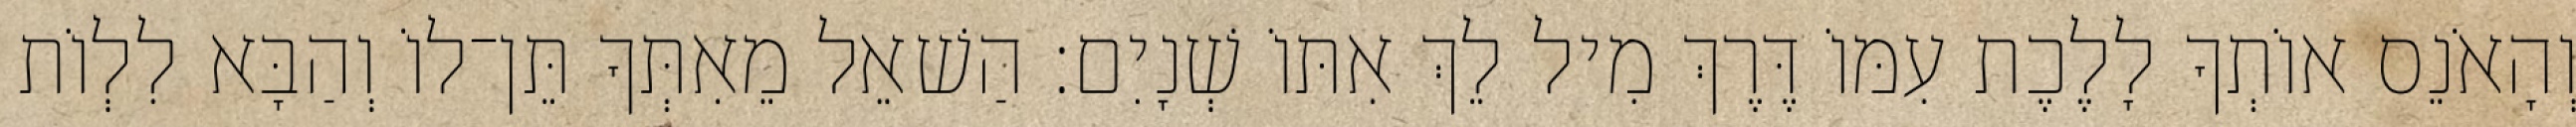
וְהָאֹנֵס אוֹתְךָ לָלֶכֶת עִמּוֹ דֶּרֶךְ מִיל לֵךְ אִתּוֹ שְׁנָיִם׃ הַשׁאֵל מֵאִתְּךָ תֵּן־לוֹ וְהַבָּא לִלְוֹת